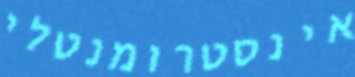
אינסטרומנטלי